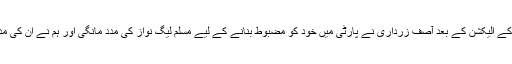
انہوں نے کہا کہ 2008 کے الیکشن کے بعد آصف زرداری نے پارٹی میں خود کو مضبوط بنانے کے لیے مسلم لیگ نواز کی مدد مانگی اور ہم نے ان کی مدد کی جس پر افسوس ہے۔